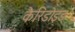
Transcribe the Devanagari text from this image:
कैरिडोइड